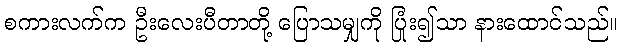
စကားလက်က ဦးလေးပီတာတို့ ပြောသမျှကို ပြုံး၍သာ နားထောင်သည်။